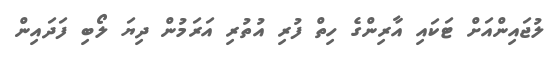
ލުޖައިންއަށް ޓަކައި އާރިންގެ ހިތް ފުރި އުތުރި އަރަމުން ދިޔަ ލޯބި ފަދައިން